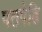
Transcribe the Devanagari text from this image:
पतपेढि